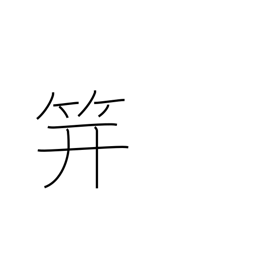
Meaning: hairpin